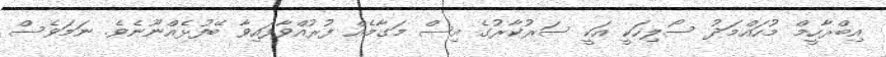
އިބްރާހީމް މުހައްމަދު ސޯލިހަކީ އަކީ ސަރުކާރުގެ އިސް މަގާމެއް ފުރުއްވާފައިވާ ބޭފުޅެއްނޫނެވެ. ނަމަވެސް